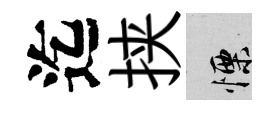
迄挟慄